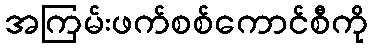
အကြမ်းဖက်စစ်ကောင်စီကို